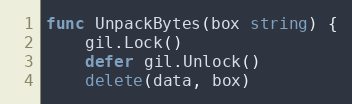
Language: Go
func UnpackBytes(box string) {
	gil.Lock()
	defer gil.Unlock()
	delete(data, box)